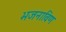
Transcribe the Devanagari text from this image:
भजनाविण